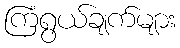
ကြံရွယ်ချက်များ